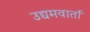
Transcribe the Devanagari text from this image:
उद्यमवार्ता